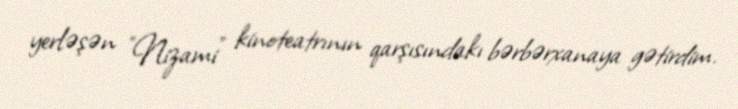
yerləşən "Nizami" kinoteatrının qarşısındakı bərbərxanaya gətirdim.